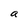
Character: a